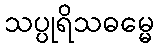
သပ္ပုရိသဓမ္မေ